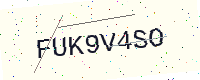
Text: FUK9V4SO